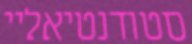
סטודנטיאליי